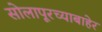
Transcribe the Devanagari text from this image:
सोलापूरच्याबाहेर